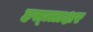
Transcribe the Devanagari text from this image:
हस्त्ताक्षर